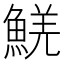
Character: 𩸑